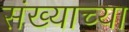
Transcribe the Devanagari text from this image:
संख्याच्या